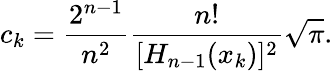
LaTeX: c_{k}=\frac{2^{n-1}}{n^{2}}\frac{n!}{[H_{n-1}(x_{k})]^{2}}\sqrt{\pi}.